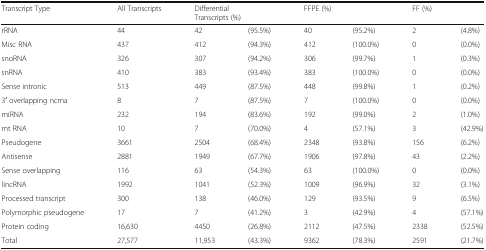
<table><thead><tr><td><b>Transcript Type</b></td><td><b>All Transcripts</b></td><td colspan="2"><b>Differential Transcripts (%)</b></td><td colspan="2"><b>FFPE (%)</b></td><td colspan="2"><b>FF (%)</b></td></tr></thead><tbody><tr><td>rRNA</td><td>44</td><td>42</td><td>(95.5%)</td><td>40</td><td>(95.2%)</td><td>2</td><td>(4.8%)</td></tr><tr><td>Misc RNA</td><td>437</td><td>412</td><td>(94.3%)</td><td>412</td><td>(100.0%)</td><td>0</td><td>(0.0%)</td></tr><tr><td>snoRNA</td><td>326</td><td>307</td><td>(94.2%)</td><td>306</td><td>(99.7%)</td><td>1</td><td>(0.3%)</td></tr><tr><td>snRNA</td><td>410</td><td>383</td><td>(93.4%)</td><td>383</td><td>(100.0%)</td><td>0</td><td>(0.0%)</td></tr><tr><td>Sense intronic</td><td>513</td><td>449</td><td>(87.5%)</td><td>448</td><td>(99.8%)</td><td>1</td><td>(0.2%)</td></tr><tr><td>3′ overlapping ncrna</td><td>8</td><td>7</td><td>(87.5%)</td><td>7</td><td>(100.0%)</td><td>0</td><td>(0.0%)</td></tr><tr><td>miRNA</td><td>232</td><td>194</td><td>(83.6%)</td><td>192</td><td>(99.0%)</td><td>2</td><td>(1.0%)</td></tr><tr><td>mt RNA</td><td>10</td><td>7</td><td>(70.0%)</td><td>4</td><td>(57.1%)</td><td>3</td><td>(42.9%)</td></tr><tr><td>Pseudogene</td><td>3661</td><td>2504</td><td>(68.4%)</td><td>2348</td><td>(93.8%)</td><td>156</td><td>(6.2%)</td></tr><tr><td>Antisense</td><td>2881</td><td>1949</td><td>(67.7%)</td><td>1906</td><td>(97.8%)</td><td>43</td><td>(2.2%)</td></tr><tr><td>Sense overlapping</td><td>116</td><td>63</td><td>(54.3%)</td><td>63</td><td>(100.0%)</td><td>0</td><td>(0.0%)</td></tr><tr><td>lincRNA</td><td>1992</td><td>1041</td><td>(52.3%)</td><td>1009</td><td>(96.9%)</td><td>32</td><td>(3.1%)</td></tr><tr><td>Processed transcript</td><td>300</td><td>138</td><td>(46.0%)</td><td>129</td><td>(93.5%)</td><td>9</td><td>(6.5%)</td></tr><tr><td>Polymorphic pseudogene</td><td>17</td><td>7</td><td>(41.2%)</td><td>3</td><td>(42.9%)</td><td>4</td><td>(57.1%)</td></tr><tr><td>Protein coding</td><td>16,630</td><td>4450</td><td>(26.8%)</td><td>2112</td><td>(47.5%)</td><td>2338</td><td>(52.5%)</td></tr><tr><td>Total</td><td>27,577</td><td>11,953</td><td>(43.3%)</td><td>9362</td><td>(78.3%)</td><td>2591</td><td>(21.7%)</td></tr></tbody></table>